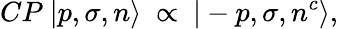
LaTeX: CP\ |p,\sigma,n\rangle\ \propto\ |-p,\sigma,n^{c}\rangle,